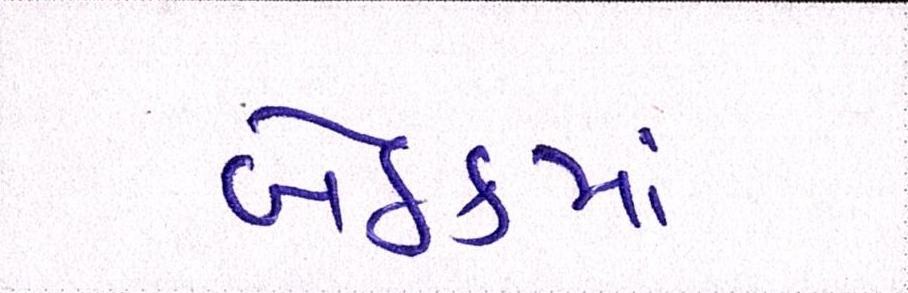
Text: બેઠકમાં